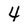
Character: 4